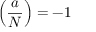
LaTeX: \left( { \frac { a } { N } } \right) = - 1